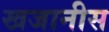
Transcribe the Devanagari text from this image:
खजानीस